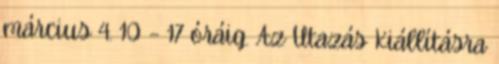
március 4. 10 – 17 óráig. Az Utazás Kiállításra